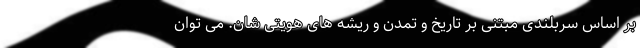
بر اساس سربلندی مبتنی بر تاریخ و تمدن و ریشه های هویتی شان. می توان